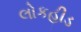
લોકહીડ